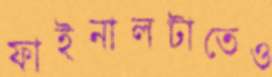
ফাইনালটাতেও